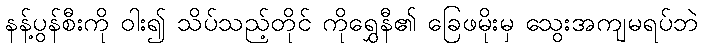
နန့်ပွန်စီးကို ဝါး၍ သိပ်သည့်တိုင် ကိုရွှေနီ၏ ခြေဖမိုးမှ သွေးအကျမရပ်ဘဲ